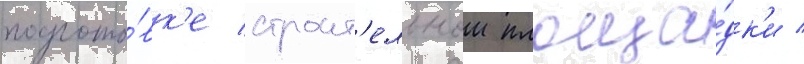
подгото́вк'е строит'ельнои площа́дк'и /